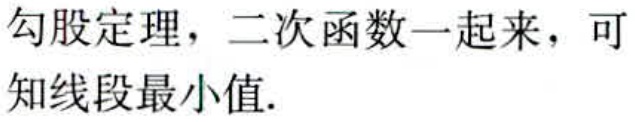
勾股定理，二次函数一起来，可知线段最小值.